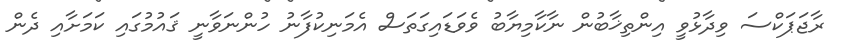
ރާޖަޕަކްސަ ވިދާޅުވީ އިންތިޚާބުން ނާކާމިޔާބު ވެވަޑައިގަތަސް އެމަނިކުފާނު ހުންނަވާނީ ޤައުމުގައި ކަމަށާއި ދެން